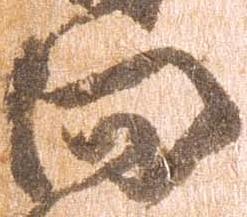
向